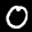
Label: 0